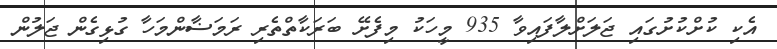
އެކި ކުށްކުށުގައި ޖަލަށްލާފައިވާ 935 މީހަކު މިފެށޭ ބަރަކާތްތެރި ރަމަޟާންމަހާ ގުޅިގެން ޖަލުން